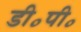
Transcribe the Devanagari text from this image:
डी॰पी॰